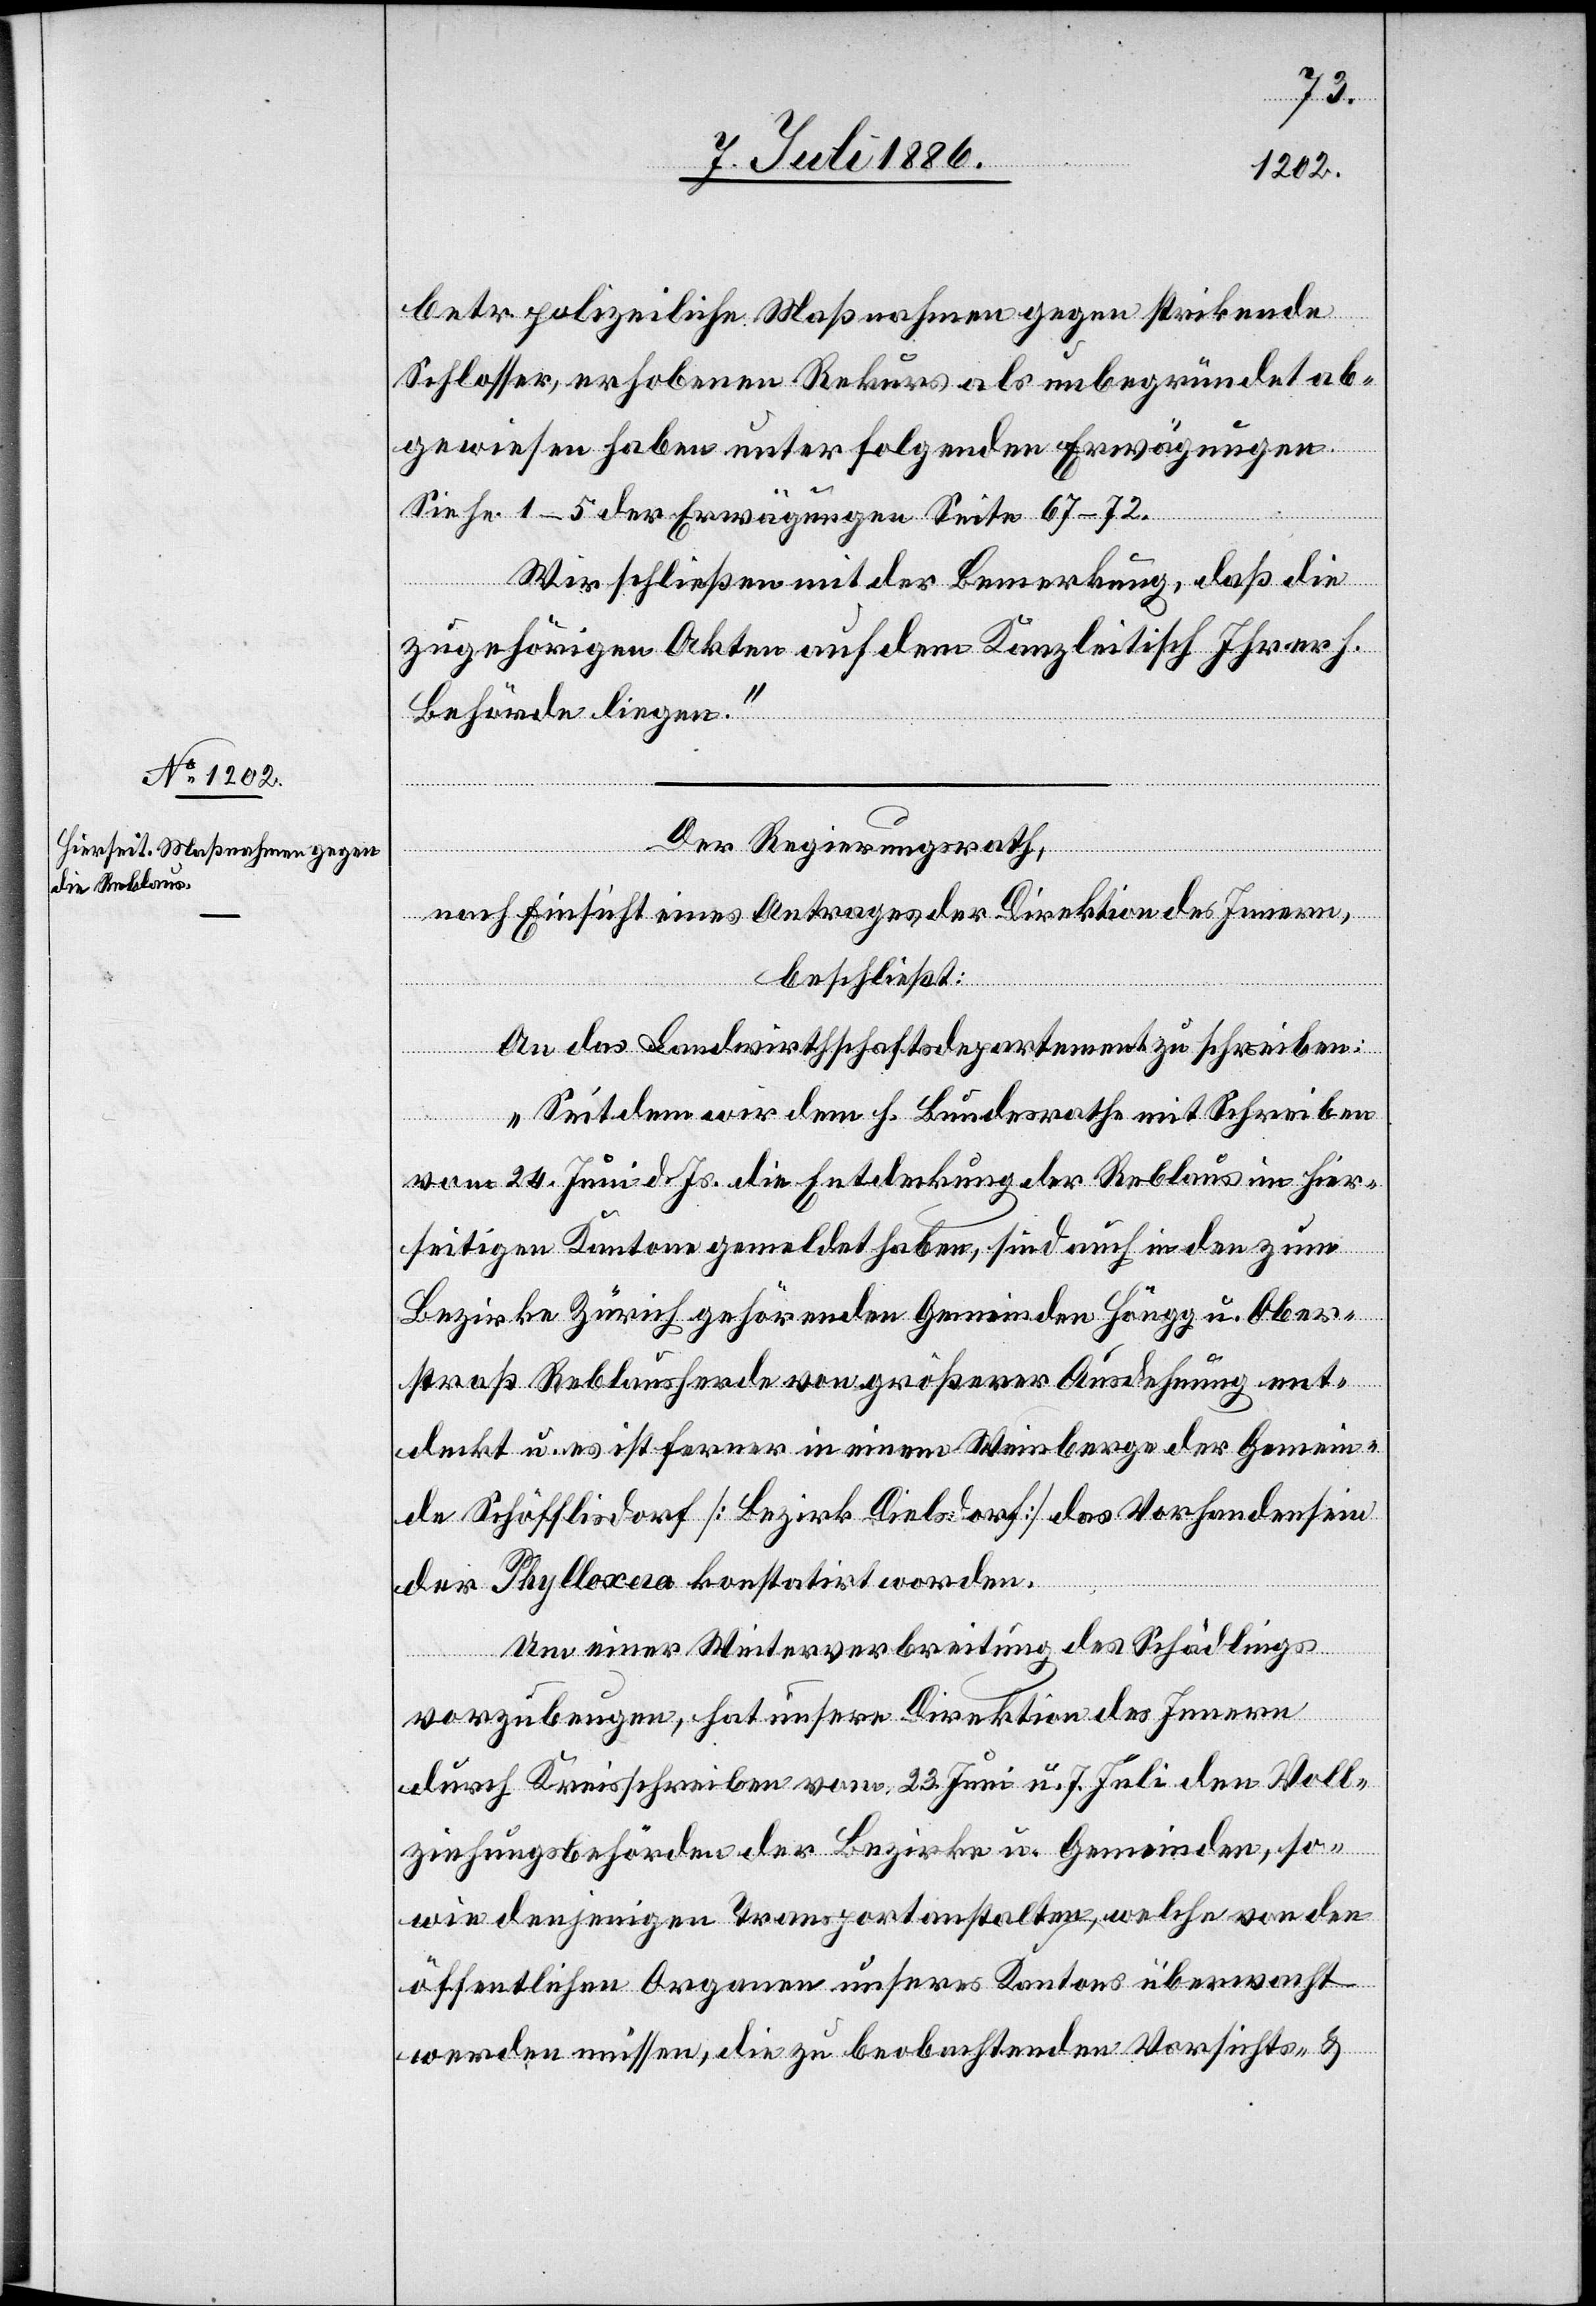
betr. polizeiliche Maßnahmen gegen strikende
Schlosser, erhobenen Rekurs als unbegründet ab¬
gewiesen haben unter folgenden Erwägungen.
Siehe 1–5 der Erwägungen Seite 67–72.
Wir schließen mit der Bemerkung, daß die
zugehörigen Akten auf dem Kanzleitisch ihrer h.
Behörde liegen.“
Der Regierungsrath,
nach Einsicht eines Antrages der Direktion des Innern,
beschließt:
An das Landwirthschaftsdepartement zu schreiben:
„Seitdem wir dem h. Bundesrathe mit Schreiben
vom 24. Juni d. Js. die Entdeckung der Reblaus im hier¬
seitigen Kantone gemeldet haben, sind auch in den zum
Bezirke Zürich gehörenden Gemeinden Höngg u. Ober¬
straß Reblausfunde von größerer Ausdehnung ent¬
deckt u. es ist ferner in einem Weinberge der Gemein¬
de Schöfflisdorf [Bezirk Dielsdorf] das Vorhandensein
der Phylloxera konstatirt worden.
Um einer Weiterverbreitung des Schädlings
vorzubeugen, hat unsere Direktion des Innern
durch Kreisschreiben vom 23. Juni u. 7. Juli den Voll¬
ziehungsbehörden der Bezirke u. Gemeinden, so¬
wie denjenigen Transportanstalten, welche von den
öffentlichen Organen unseres Kantons überwacht
werden müssen, die zu beobachtenden Vorsichts- &